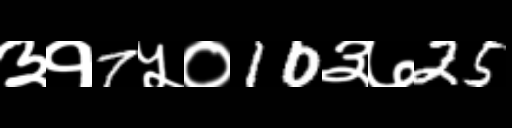
Text: ३१7५०10३७25